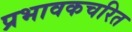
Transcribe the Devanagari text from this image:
प्रभावकचरित